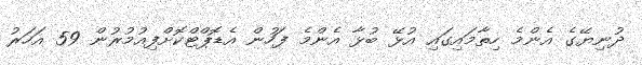
ދުނިޔޭގެ އެންމެ ހިތާމައިގައި އުޅޭ ބުޅާ އެންމެ ފަހުން އެޑޮޕްޓްކޮށްފިއުމުރުން 59 އަހަރު